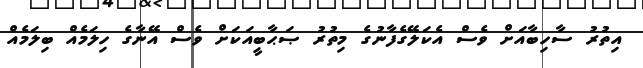
އިތުރު ސާހިބާއަށް ވެސް އެކަލޭގެފާނުގެ މިތުރު ޞަޙާބީއަކަށް ވެސް އޭނާގެ ހިިލަމެއް ބިލަމެއް